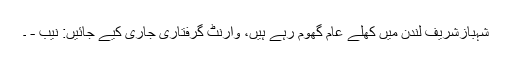
شہبازشریف لندن میں کھلے عام گھوم رہے ہیں، وارنٹ گرفتاری جاری کیے جائیں: نیب - ۔